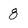
Character: 8